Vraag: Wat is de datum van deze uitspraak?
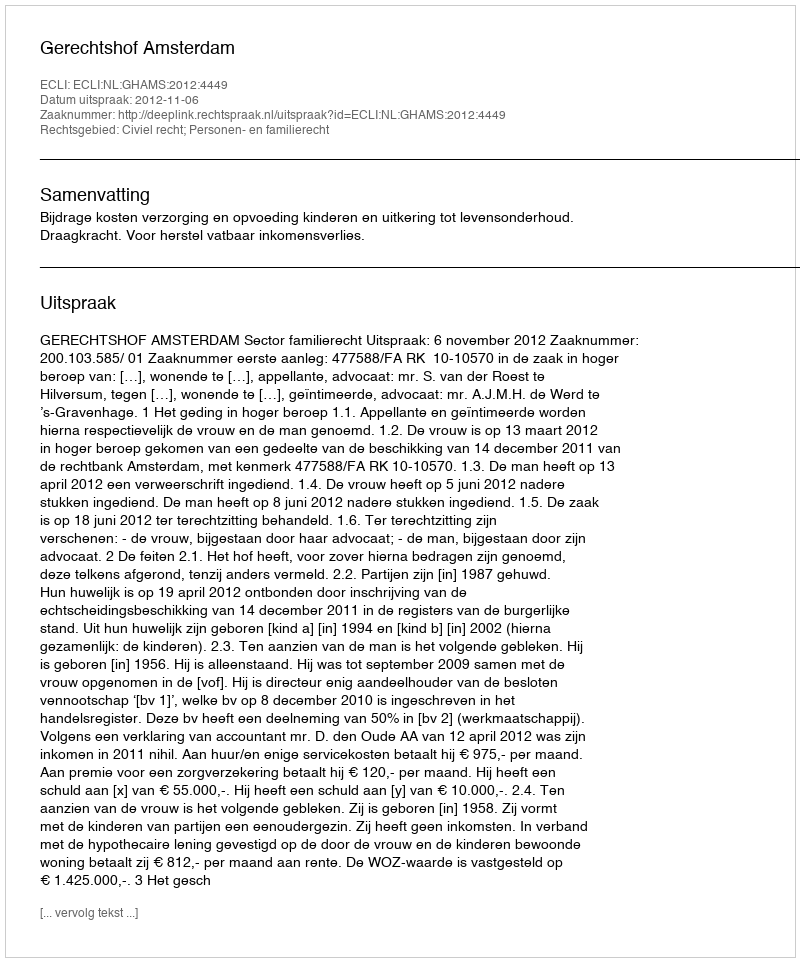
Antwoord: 2012-11-06